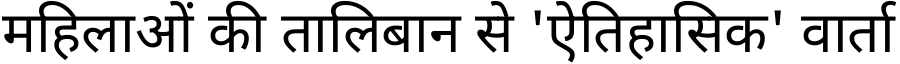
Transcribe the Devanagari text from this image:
महिलाओं की तालिबान से 'ऐतिहासिक' वार्ता